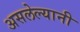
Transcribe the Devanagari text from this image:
असलेल्यानी